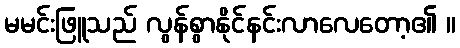
မမင်းဖြူသည် လွန်စွာနိုင်နင်းလာလေတော့၏ ။